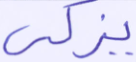
يزكي